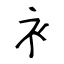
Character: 衤